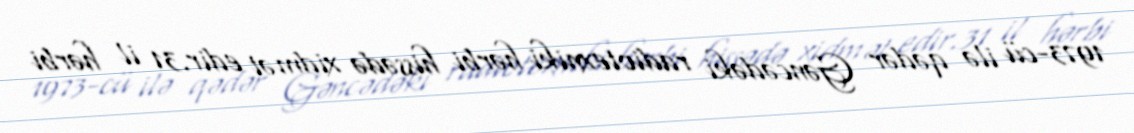
1973-cü ilə qədər Gəncədəki radiotexniki hərbi hissədə xidmət edir.31 il hərbi